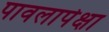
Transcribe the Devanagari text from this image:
पावलापेक्षा